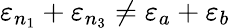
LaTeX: \varepsilon_{n_{1}}+\varepsilon_{n_{3}}\neq\varepsilon_{a}+\varepsilon_{b}